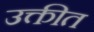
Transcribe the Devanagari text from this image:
उक्तीत